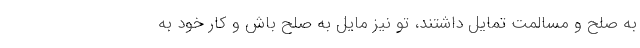
به صلح و مسالمت تمایل داشتند، تو نیز مایل به صلح باش و کار خود به